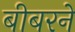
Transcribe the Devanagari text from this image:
बीबरने